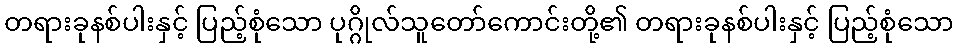
တရားခုနစ်ပါးနှင့် ပြည့်စုံသော ပုဂ္ဂိုလ်သူတော်ကောင်းတို့၏ တရားခုနစ်ပါးနှင့် ပြည့်စုံသော